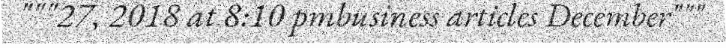
"""27, 2018 at 8:10 pmbusiness articles December"""